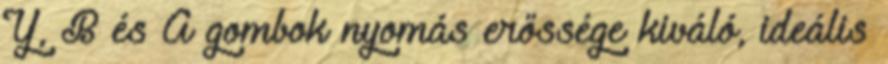
Y, B és A gombok nyomás erőssége kiváló, ideális